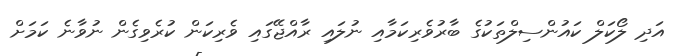
އަދި ލޯކަލް ކައުންސިލްތަކުގެ ބާރުވެރިކަމާއި ނުލައި ރާއްޖޭގައި ވެރިކަން ކުރެވިގެން ނުވާނެ ކަމަށް